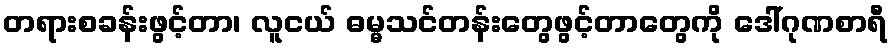
တရားစခန်းဖွင့်တာ၊ လူငယ် ဓမ္မသင်တန်းတွေဖွင့်တာတွေကို ဒေါ်ဂုဏစာရီ